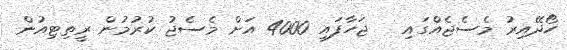
ހޯދޭއިރު މެސެޖެއްގައި   ޖަހާފައި 4000 އަށް މެސެޖު ކުރުމުން ރީތިޓިއުން